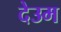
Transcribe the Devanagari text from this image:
देउम